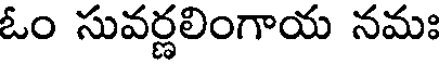
ఓం సువర్ణలింగాయ నమః